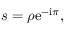
s = \rho \mathrm { e } ^ { - \mathrm { i } \pi } ,